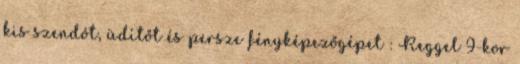
kis szendót, üdítőt és persze fényképezőgépet : Reggel 9-kor